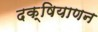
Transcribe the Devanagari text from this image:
दक्षियाणन